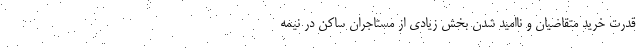
قدرت خرید متقاضیان و ناامید شدن بخش زیادی از مستاجران ساکن در نیمه